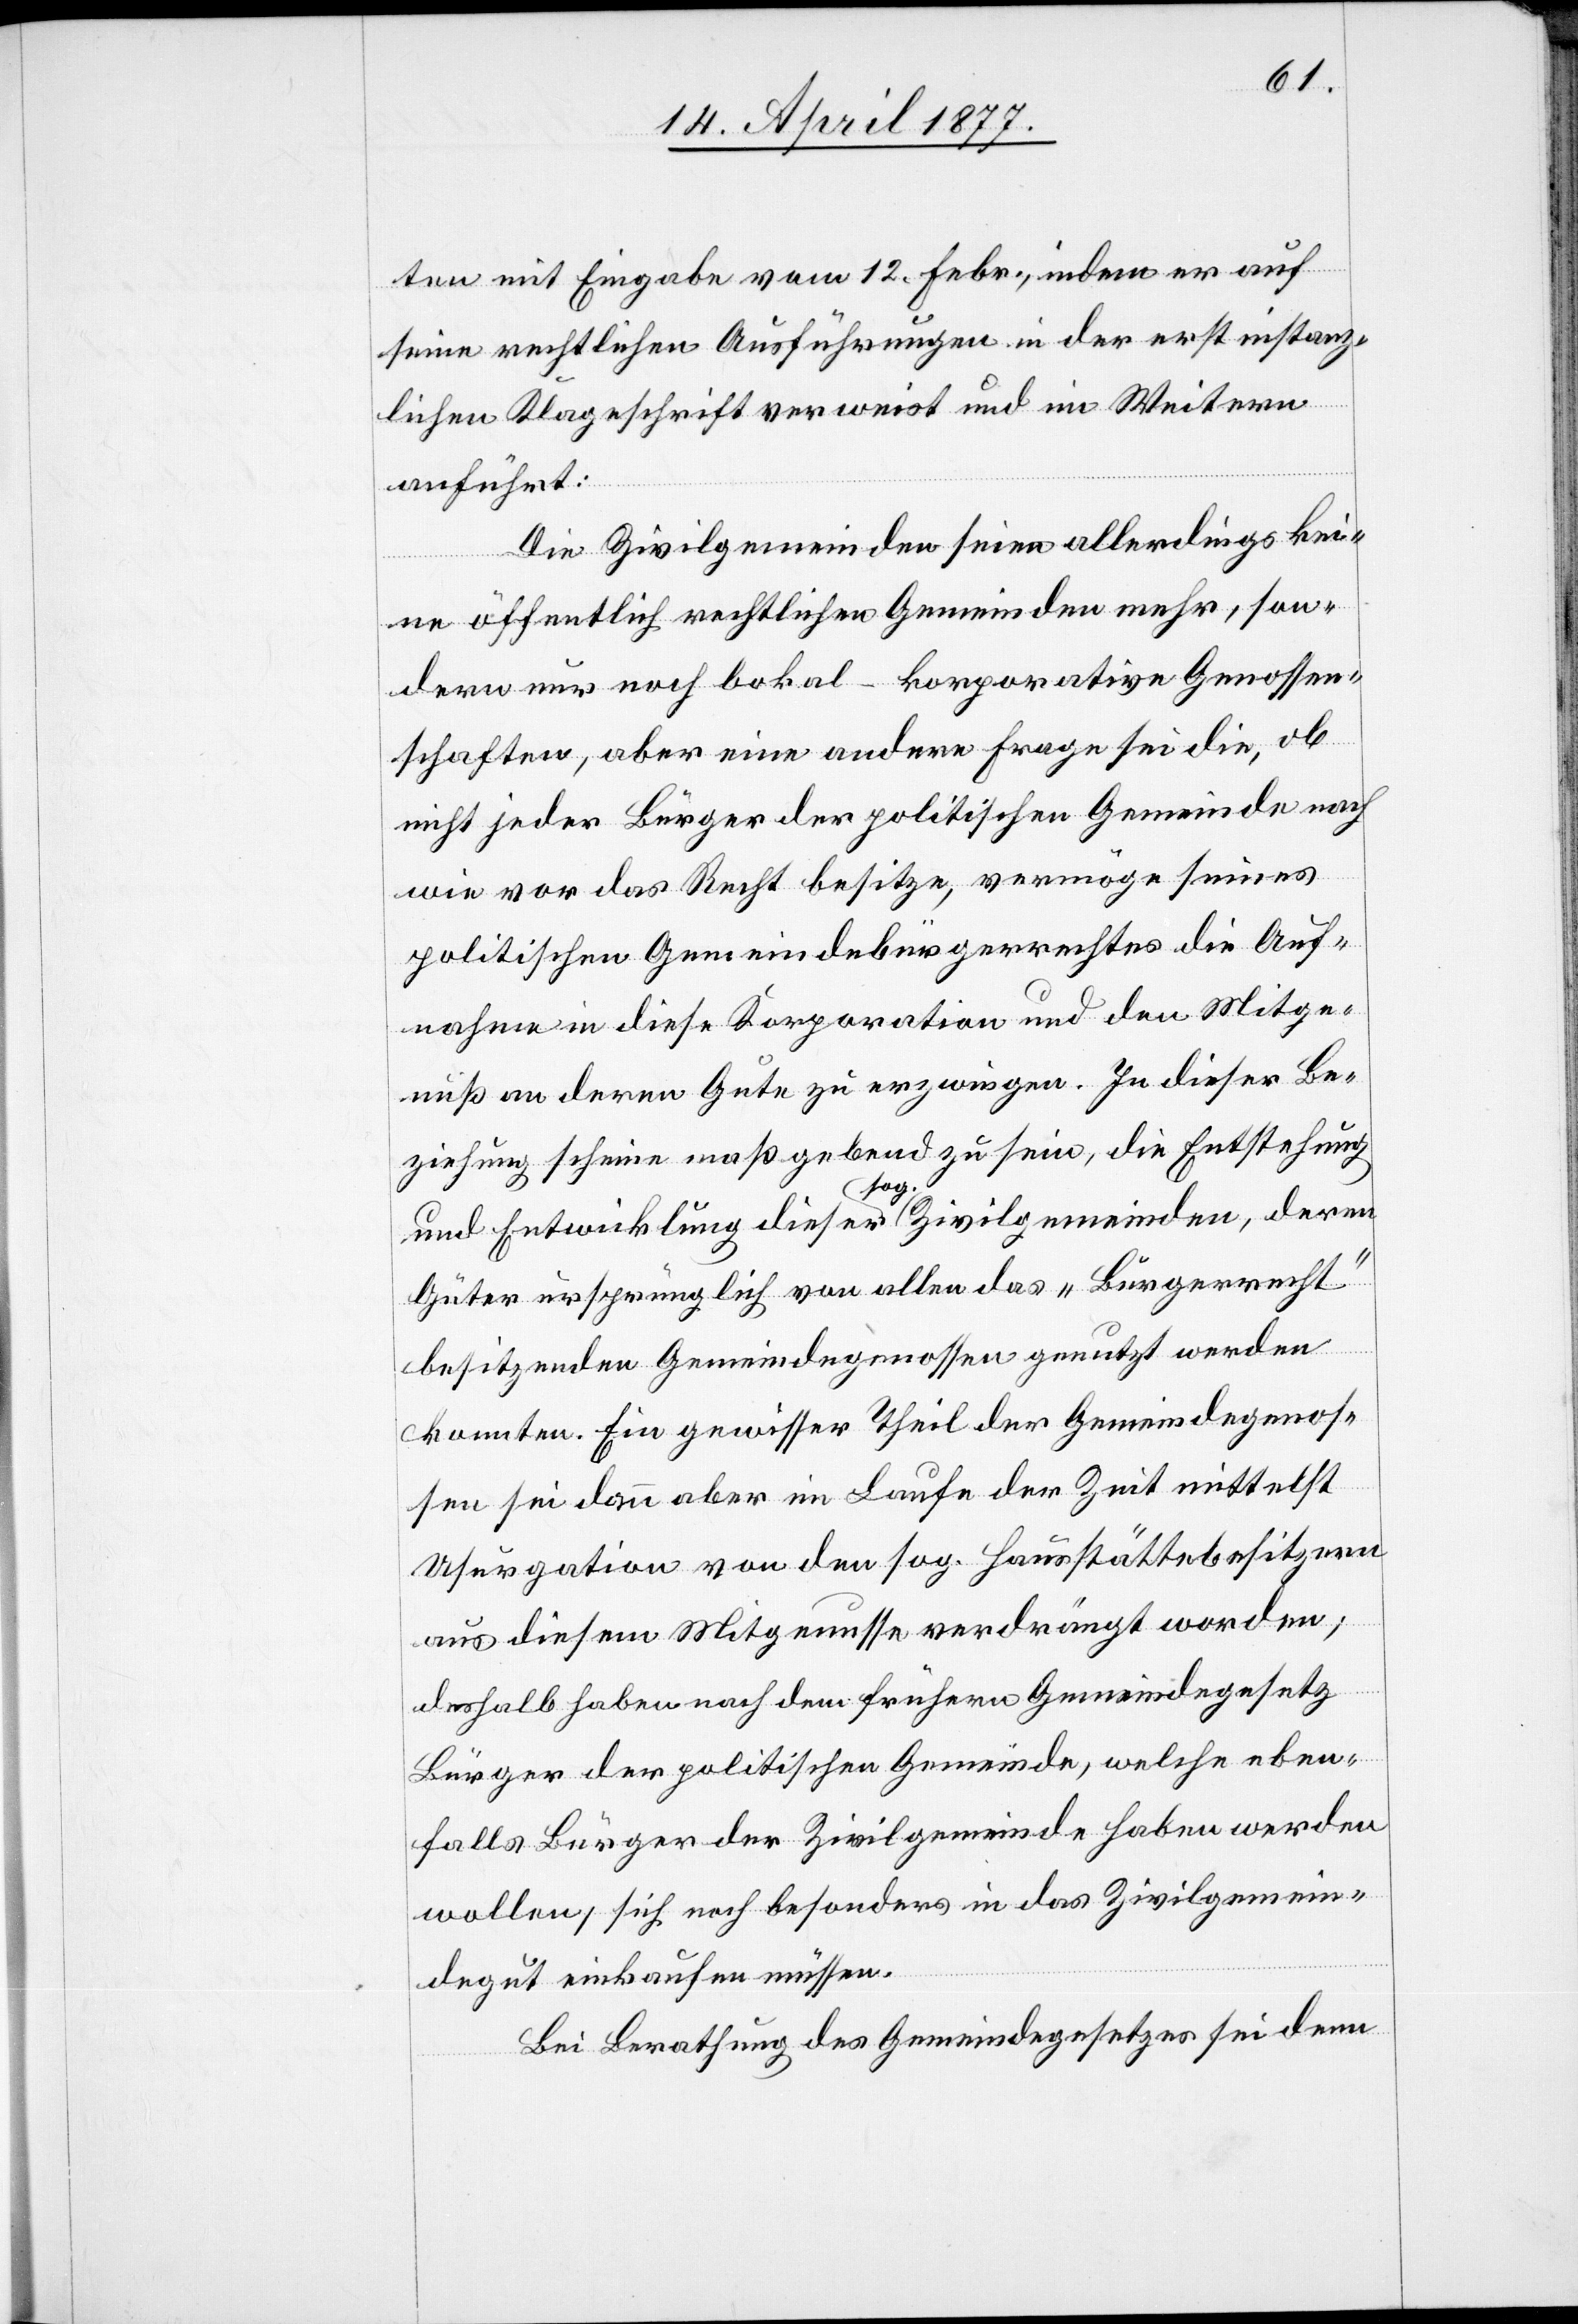
ten mit Eingabe vom 12. Febr., indem er auf
seine rechtlichen Ausführungen in der erstinstanz¬
lichen Klageschrift verweist und im Weitern
anführt:
Die Zivilgemeinden seien allerdings kei¬
ne öffentlich rechtlichen Gemeinden mehr, son¬
dern nur noch lokal-korporative Genossen¬
schaften, aber eine andere Frage sei die, ob
nicht jeder Bürger der politischen Gemeinde nach
wie vor das Recht besitze, vermöge seines
politischen Gemeindebürgerrechtes die Auf¬
nahme in diese Korporation und den Mitge¬
nuß an deren Gute zu erzwingen. In dieser Be¬
ziehung scheine maßgebend zu sein, die Entstehung
und Entwicklung dieser sog. Zivilgemeinden, deren
Güter ursprünglich von allen das „Bürgerrecht“
besitzenden Gemeindegenossen genutzt werden
konnten. Ein gewisser Theil der Gemeindegenos¬
sen sei dann aber im Laufe der Zeit mittelst
Usurpation] von den sog. Hausstättebesitzern
aus diesem Mitgenusse verdrängt worden;
deshalb haben nach dem frühern Gemeindegesetz
Bürger der politischen Gemeinde, welche eben¬
falls Bürger der Zivilgemeinde haben werden
wollen, sich noch besonders in das Zivilgemein¬
degut einkaufen müssen.
Bei Berathung des Gemeindegesetzes sei denn